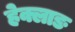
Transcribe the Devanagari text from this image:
हेक्लाङ